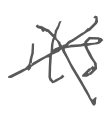
Text: its
Cross-out: cross
Writing tool: digital_gray